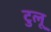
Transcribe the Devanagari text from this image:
टुलू